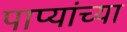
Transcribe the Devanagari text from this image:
पाप्यांच्या